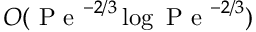
O ( \mathrm { ~ P ~ e ~ } ^ { - 2 / 3 } \log \mathrm { ~ P ~ e ~ } ^ { - 2 / 3 } )